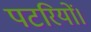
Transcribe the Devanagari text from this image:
पटरियों।